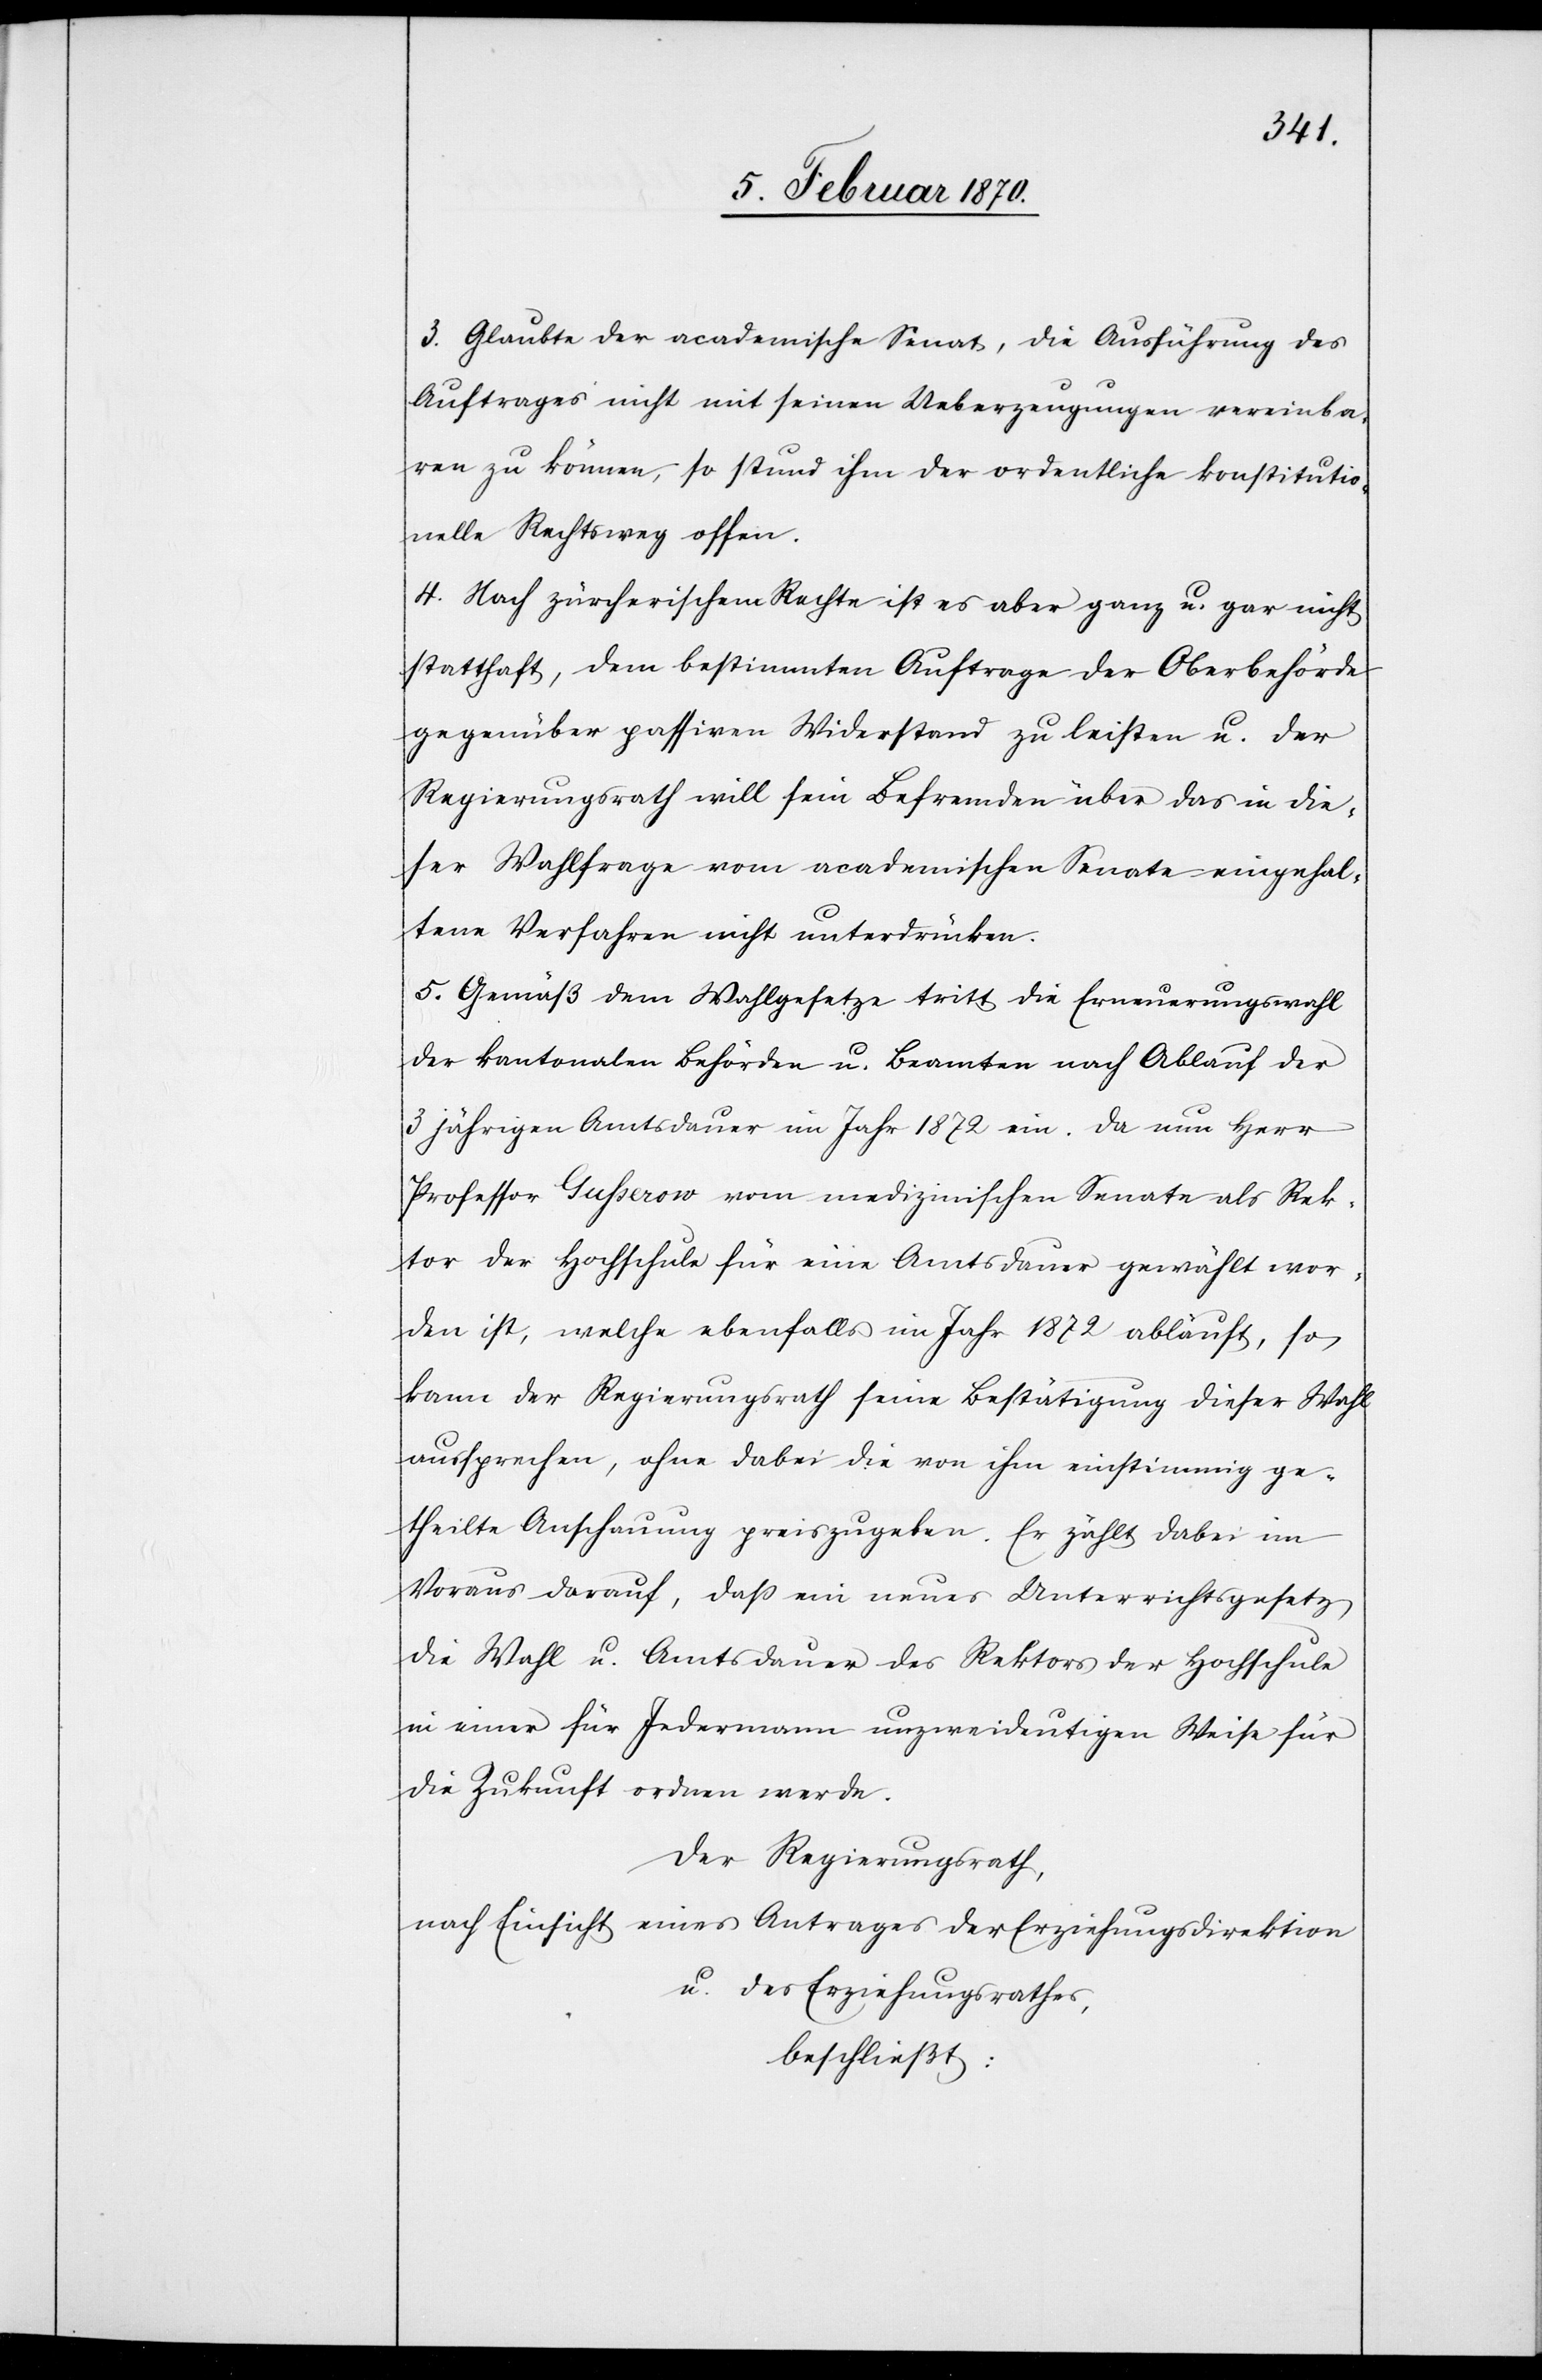
3. Glaubte der academische Senat, die Ausführung des
Auftrages nicht mit seinen Ueberzeugungen vereinba¬
ren zu können, so stund ihm der ordentliche konstitutio¬
nelle Rechtsweg offen.
4. Nach zürcherischem Rechte ist es aber ganz u. gar nicht
statthaft, dem bestimmten Auftrage der Oberbehörde
gegenüber passiven Widerstand zu leisten u. der
Regierungsrath will sein Befremden über das in die¬
ser Wahlfrage vom academischen Senate eingehal¬
tene Verfahren nicht unterdrücken.
5. Gemäß dem Wahlgesetze tritt die Erneuerungswahl
der kantonalen Behörden u. Beamten nach Ablauf der
3 jährigen Amtsdauer im Jahre 1872 ein. Da nun Herr
Professor Gusserow vom medizinischen Senate als Rek¬
tor der Hochschule für eine Amtsdauer gewählt wor¬
den ist, welche ebenfalls im Jahr 1872 abläuft, so
kann der Regierungsrath seine Bestätigung dieser Wahl
aussprechen, ohne dabei die von ihm einstimmig ge¬
theilte Anschauung preiszugeben. Er zählt dabei im
Voraus darauf, daß ein neues Unterrichtsgesetz
die Wahl u. Amtsdauer des Rektors der Hochschule
in einer für Jedermann unzweideutigen Weise für
die Zukunft ordnen werde.
Der Regierungsrath,
nach Einsicht eines Antrages der Erziehungsdirektion
u. des Erziehungsrathes
beschließt: